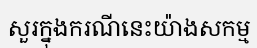
សួរក្នុងករណីនេះយ៉ាងសកម្ម